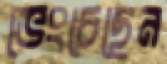
ভেংচেছেন